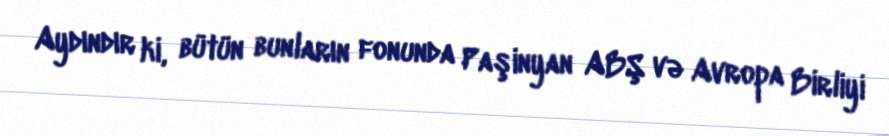
Aydındır ki, bütün bunların fonunda Paşinyan ABŞ və Avropa Birliyi